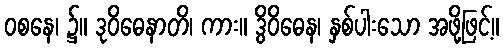
ဝစနေ၊ ၌။ ဒုဝိဓေနာတိ၊ ကား။ ဒွိဝိဓေန၊ နှစ်ပါးသော အဖို့ဖြင့်။